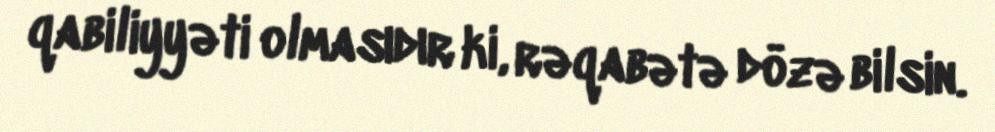
qabiliyyəti olmasıdır ki, rəqabətə dözə bilsin.